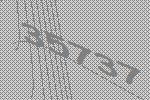
35737